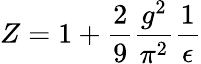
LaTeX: Z={1+\frac{2}{9}\frac{g^{2}}{\pi^{2}}\frac{1}{\epsilon}}